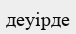
деуірде